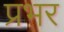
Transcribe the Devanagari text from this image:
प्रभर